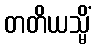
တတိယသ္မိံ